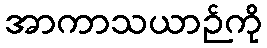
အာကာသယာဉ်ကို